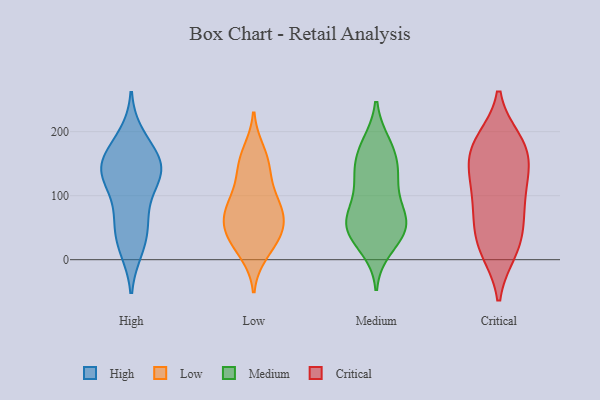
{"axis": {"x": "Page Views", "y": "Value"}, "legend": ["Critical", "High", "Low", "Medium"], "data": [{"x": "", "y": 145, "type": "High"}, {"x": "", "y": 17, "type": "High"}, {"x": "", "y": 146, "type": "High"}, {"x": "", "y": 193, "type": "High"}, {"x": "", "y": 142, "type": "High"}, {"x": "", "y": 68, "type": "High"}, {"x": "", "y": 47, "type": "High"}, {"x": "", "y": 130, "type": "High"}, {"x": "", "y": 145, "type": "High"}, {"x": "", "y": 157, "type": "High"}, {"x": "", "y": 109, "type": "High"}, {"x": "", "y": 61, "type": "High"}, {"x": "", "y": 180, "type": "High"}, {"x": "", "y": 126, "type": "High"}, {"x": "", "y": 21, "type": "High"}, {"x": "", "y": 40, "type": "Low"}, {"x": "", "y": 90, "type": "Low"}, {"x": "", "y": 90, "type": "Low"}, {"x": "", "y": 34, "type": "Low"}, {"x": "", "y": 61, "type": "Low"}, {"x": "", "y": 70, "type": "Low"}, {"x": "", "y": 58, "type": "Low"}, {"x": "", "y": 54, "type": "Low"}, {"x": "", "y": 21, "type": "Low"}, {"x": "", "y": 128, "type": "Low"}, {"x": "", "y": 145, "type": "Low"}, {"x": "", "y": 10, "type": "Low"}, {"x": "", "y": 93, "type": "Low"}, {"x": "", "y": 156, "type": "Low"}, {"x": "", "y": 169, "type": "Low"}, {"x": "", "y": 37, "type": "Medium"}, {"x": "", "y": 139, "type": "Medium"}, {"x": "", "y": 65, "type": "Medium"}, {"x": "", "y": 59, "type": "Medium"}, {"x": "", "y": 19, "type": "Medium"}, {"x": "", "y": 53, "type": "Medium"}, {"x": "", "y": 50, "type": "Medium"}, {"x": "", "y": 133, "type": "Medium"}, {"x": "", "y": 101, "type": "Medium"}, {"x": "", "y": 178, "type": "Medium"}, {"x": "", "y": 160, "type": "Medium"}, {"x": "", "y": 180, "type": "Medium"}, {"x": "", "y": 47, "type": "Medium"}, {"x": "", "y": 128, "type": "Medium"}, {"x": "", "y": 74, "type": "Medium"}, {"x": "", "y": 186, "type": "Critical"}, {"x": "", "y": 93, "type": "Critical"}, {"x": "", "y": 133, "type": "Critical"}, {"x": "", "y": 68, "type": "Critical"}, {"x": "", "y": 13, "type": "Critical"}, {"x": "", "y": 185, "type": "Critical"}, {"x": "", "y": 150, "type": "Critical"}, {"x": "", "y": 14, "type": "Critical"}, {"x": "", "y": 19, "type": "Critical"}, {"x": "", "y": 180, "type": "Critical"}, {"x": "", "y": 119, "type": "Critical"}, {"x": "", "y": 58, "type": "Critical"}, {"x": "", "y": 174, "type": "Critical"}, {"x": "", "y": 152, "type": "Critical"}, {"x": "", "y": 50, "type": "Critical"}, {"x": "", "y": 105, "type": "Critical"}]}